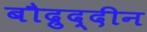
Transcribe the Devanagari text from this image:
बौद्रुद्दीन